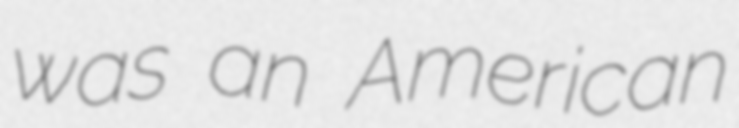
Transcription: was an American